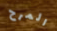
المرح